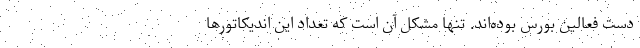
دست فعالین بورس بوده‌اند. تنها مشکل آن است که تعداد این اندیکاتورها